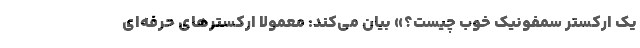
یک ارکستر سمفونیک خوب چیست؟» بیان می‌کند: معمولا ارکسترهای حرفه‌ای